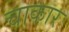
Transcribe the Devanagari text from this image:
चाकार